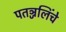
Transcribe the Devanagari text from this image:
पतञ्जलिंचे